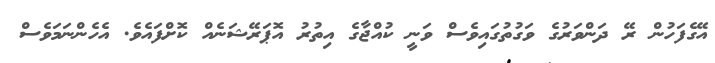
އޭގެފަހުން ރޭ ދަންވަރުގެ ވަގުތުގައިވެސް ވަނީ ކުއްޖާގެ އިތުރު އޮޕަރޭޝަނެއް ކޮށްފައެވެ. އެހެންނަމަވެސް